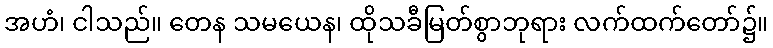
အဟံ၊ ငါသည်။ တေန သမယေန၊ ထိုသခီမြတ်စွာဘုရား လက်ထက်တော်၌။